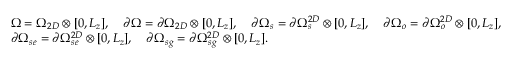
\begin{array} { r l } & { \Omega = \Omega _ { 2 D } \otimes [ 0 , L _ { z } ] , \quad \partial \Omega = \partial \Omega _ { 2 D } \otimes [ 0 , L _ { z } ] , \quad \partial \Omega _ { s } = \partial \Omega _ { s } ^ { 2 D } \otimes [ 0 , L _ { z } ] , \quad \partial \Omega _ { o } = \partial \Omega _ { o } ^ { 2 D } \otimes [ 0 , L _ { z } ] , } \\ & { \partial \Omega _ { s e } = \partial \Omega _ { s e } ^ { 2 D } \otimes [ 0 , L _ { z } ] , \quad \partial \Omega _ { s g } = \partial \Omega _ { s g } ^ { 2 D } \otimes [ 0 , L _ { z } ] . } \end{array}